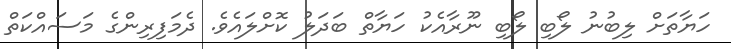
ހަޔާތަށް ލިބުނު ލޯބި ލޯބި ނޫރާއެކު ހަޔާތް ބަދަލު ކޮށްލައެވެ. ދެމަފިރިންގެ މަސައްކަތް